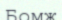
Бомж